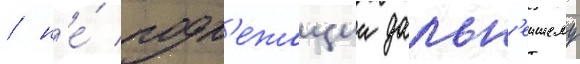
/ н'е́ подл'ежащии дальн'еишему